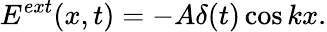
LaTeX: E^{ext}(x,t)=-A\delta(t)\cos kx.